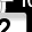
Digit: 2